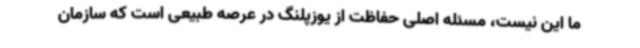
ما این نیست، مسئله اصلی حفاظت از یوزپلنگ در عرصه طبیعی است که سازمان